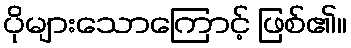
ပိုများသောကြောင့် ဖြစ်၏။